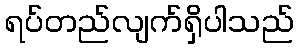
ရပ်တည်လျက်ရှိပါသည်